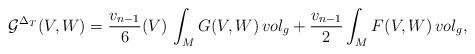
LaTeX: \begin{align*}\mathcal{G}^{\Delta _{T}}(V,W)= {\frac{v_{n-1}}{6}} (V)\,\int _{M} G(V,W)\, vol_{g} + {\frac{v_{n-1}}{2}} \int _{M} F(V,W)\, vol_{g},\end{align*}